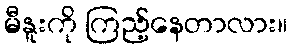
မီနူးကို ကြည့်နေတာလား။